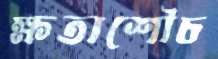
ক্ষতাশৌচ